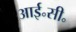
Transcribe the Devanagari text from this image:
आई॰सी॰